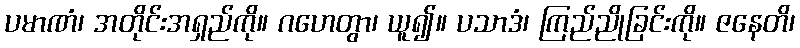
ပမာဏံ၊ အတိုင်းအရှည်ကို။ ဂဟေတွာ၊ ယူ၍။ ပသာဒံ၊ ကြည်ညိုခြင်းကို။ ဇနေတိ၊